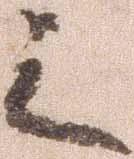
之